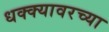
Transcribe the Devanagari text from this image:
धक्क्यावरच्या